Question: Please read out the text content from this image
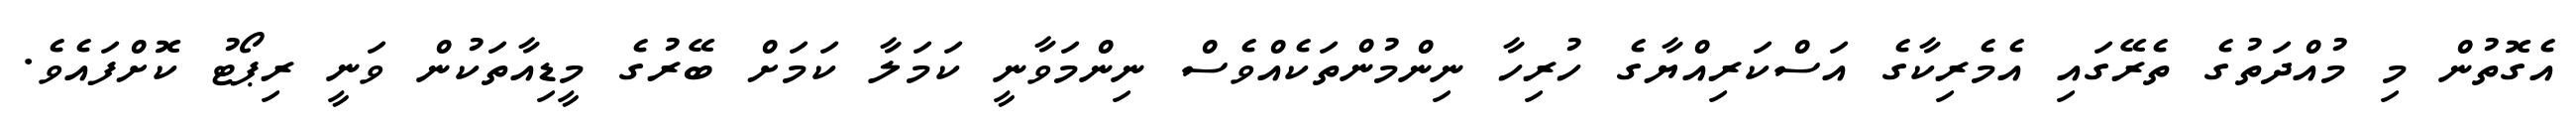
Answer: އެގޮތުން މި މުއްދަތުގެ ތެރޭގައި އެމެރިކާގެ އަސްކަރިއްޔާގެ ހުރިހާ ނިންމުންތަކެއްވެސް ނިންމަވާނީ ކަމަލާ ކަމަށް ބޭރުގެ މީޑިއާތަކުން ވަނީ ރިޕޯޓު ކޮށްފައެވެ.